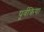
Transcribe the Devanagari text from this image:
पूर्वक्रिया